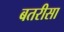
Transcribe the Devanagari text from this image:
बतरीसा